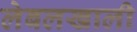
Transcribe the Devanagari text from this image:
लेबलखाली